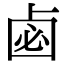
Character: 𠧸